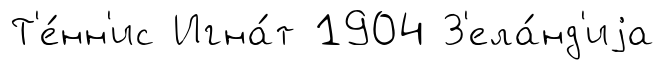
Т'е́нн'ис Игна́т 1904 З'ела́нд'иjа